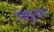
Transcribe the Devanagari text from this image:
विद्युत्प्रभ